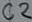
Text: C2